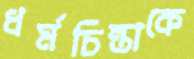
ধর্মচিন্তাকে